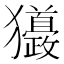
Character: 𤣙